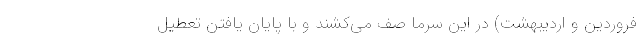
فروردین و اردیبهشت) در این سرما صف می‌کشند و با پایان یافتن تعطیل